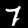
Label: 7